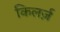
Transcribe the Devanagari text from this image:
किलर्ज़